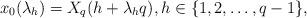
LaTeX: \begin{align*} x_{0}(\lambda_h) = X_q(h + \lambda_h q), h \in \{1, 2, \ldots, q-1 \}, \end{align*}